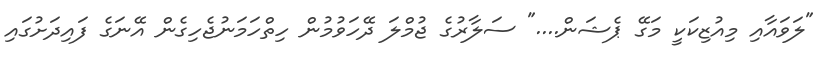
"ލަވައާއި މިއުޒިކަކީ މަގޭ ޕެޝަން...." ސަލާރުގެ ޖުމްލަ ދޭހަވުމުން ހިތްހަމަނުޖެހިގެން އޭނަގެ ފައިދަށުގައި